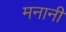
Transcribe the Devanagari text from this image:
मनानी